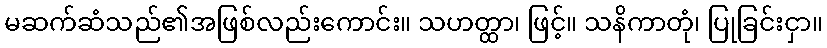
မဆက်ဆံသည်၏အဖြစ်လည်းကောင်း။ သဟတ္ထာ၊ ဖြင့်။ သနိကာတုံ၊ ပြုခြင်းငှာ။